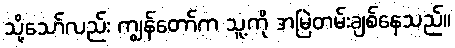
သို့သော်လည်း ကျွန်တော်က သူ့ကို အမြဲတမ်းချစ်နေသည်။